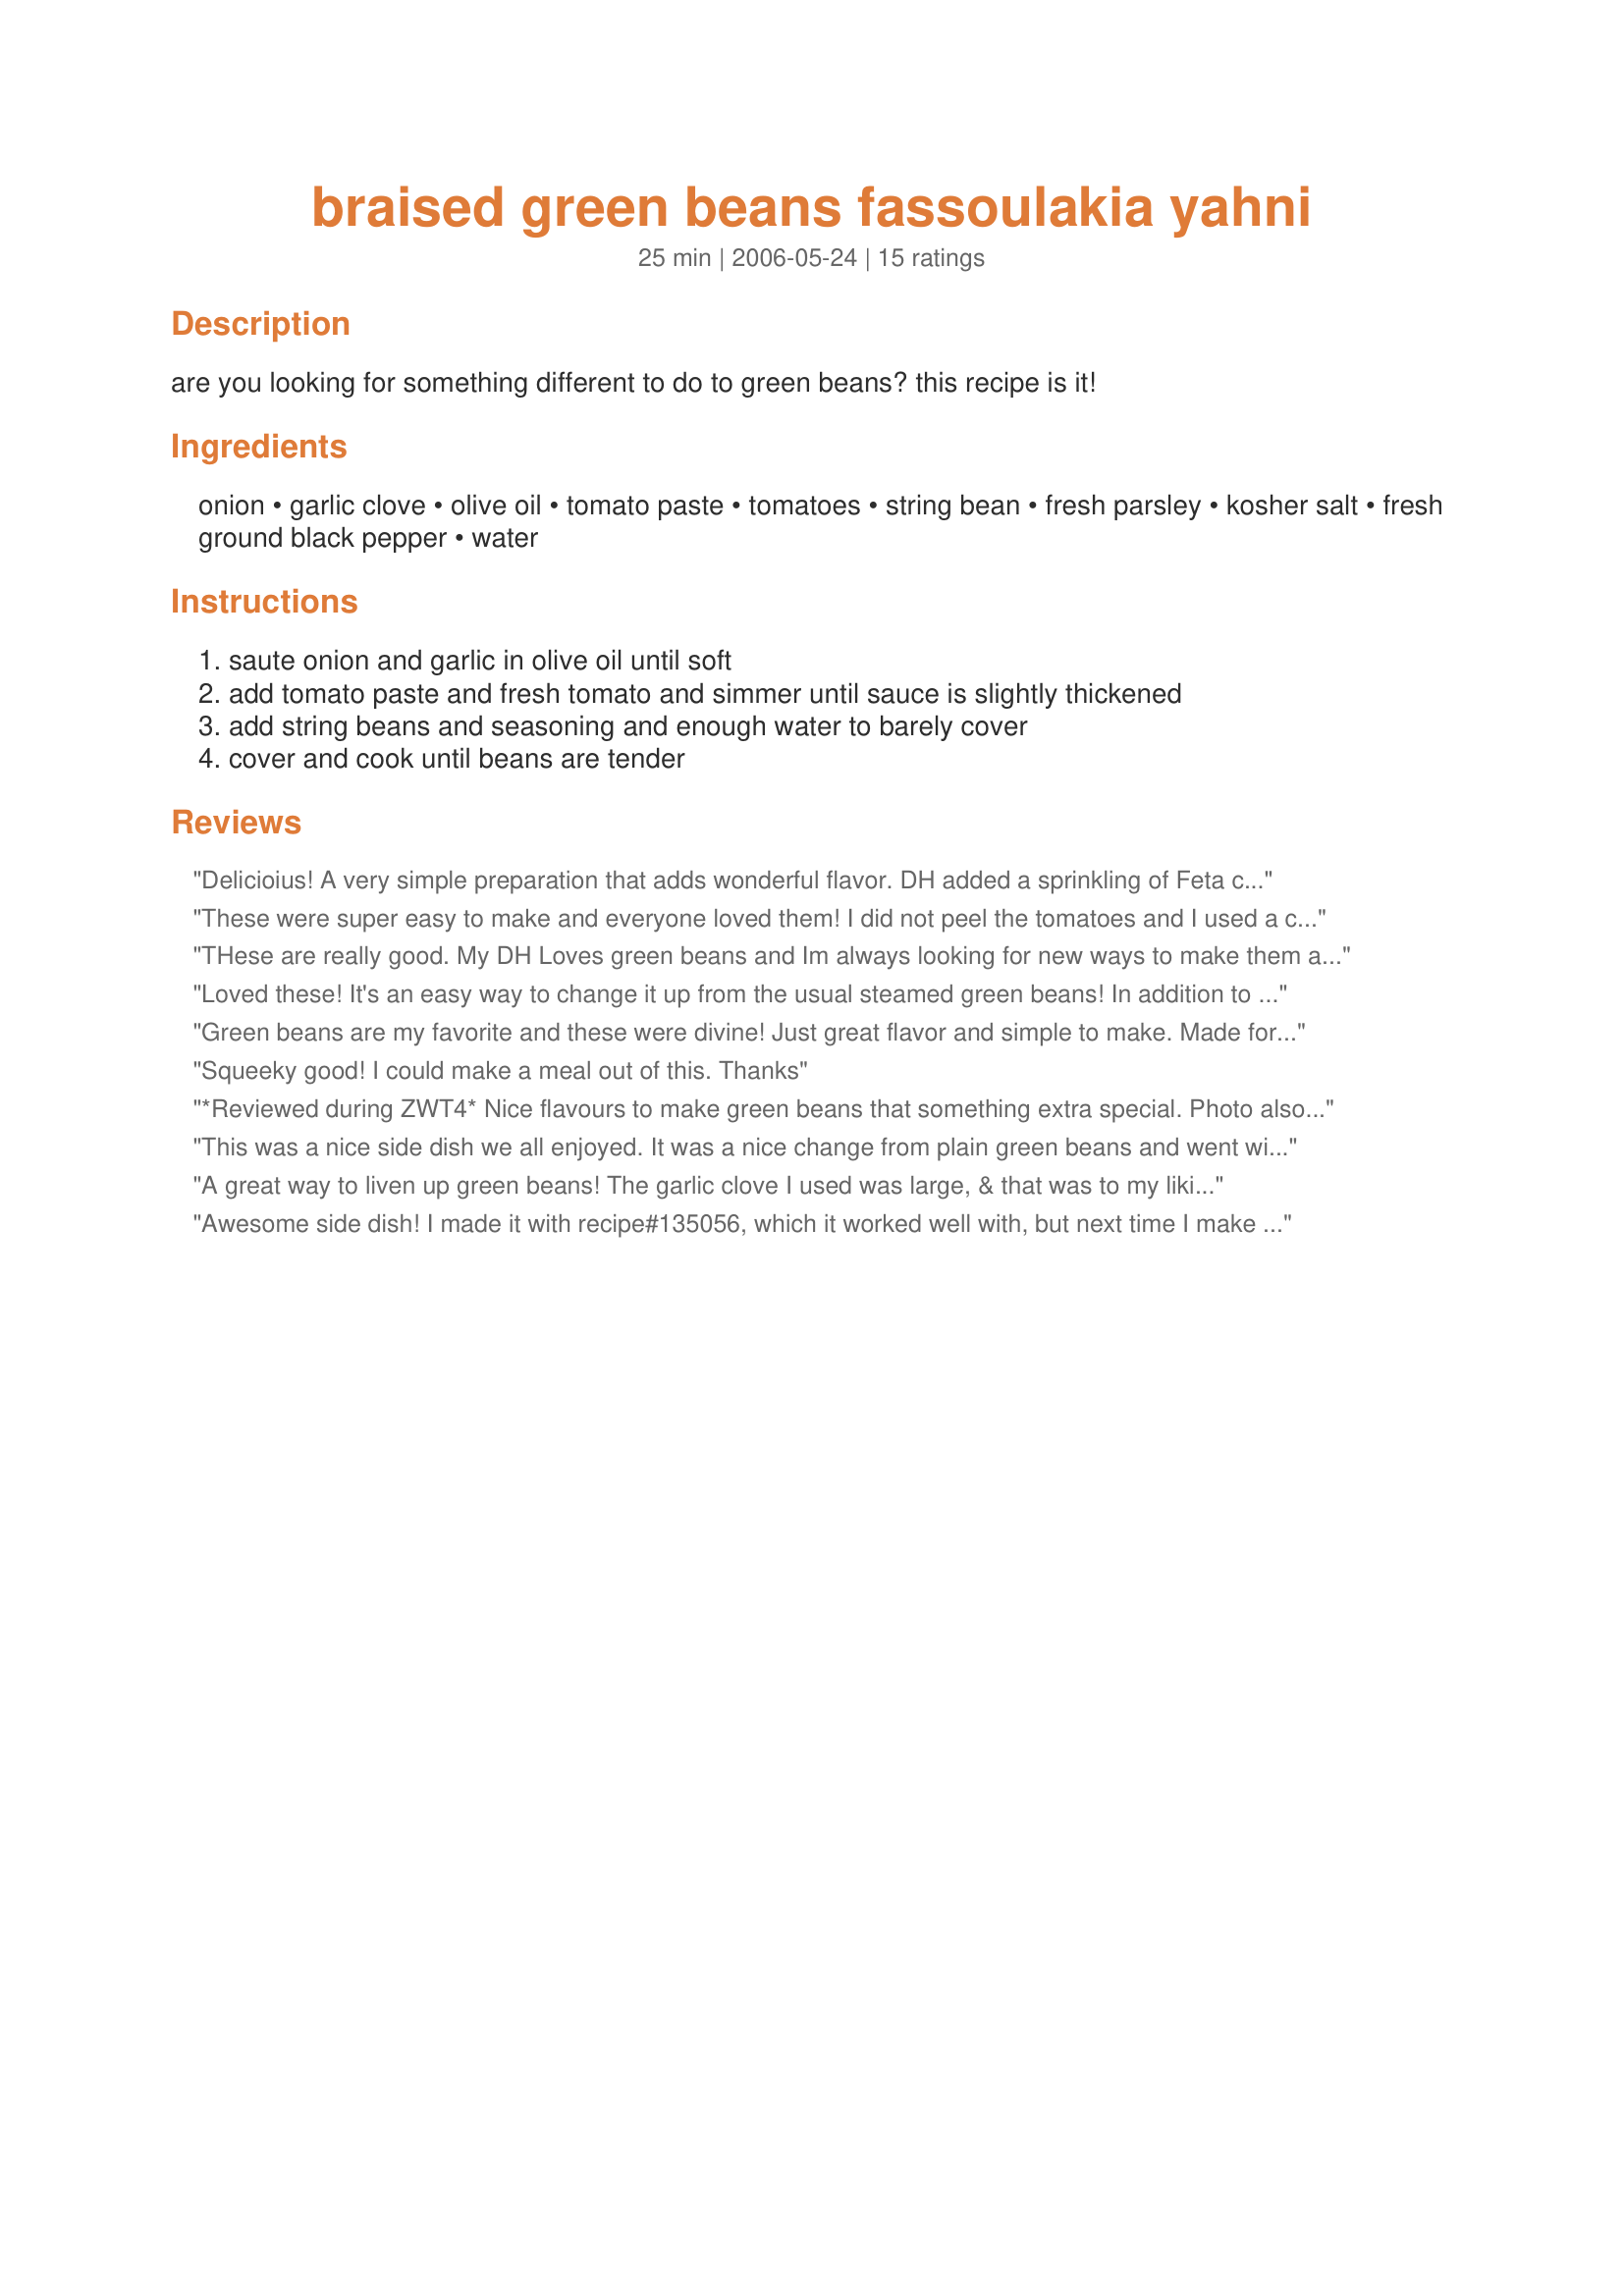
braised green beans fassoulakia yahni
Preparation time: 25 minutes

are you looking for something different to do to green beans? this recipe is it!

Ingredients:
onion, garlic clove, olive oil, tomato paste, tomatoes, string bean, fresh parsley, kosher salt, fresh ground black pepper, water

Steps:
saute onion and garlic in olive oil until soft, add tomato paste and fresh tomato and simmer until sauce is slightly thickened, add string beans and seasoning and enough water to barely cover, cover and cook until beans are tender

Reviews:
Delicioius! A very simple preparation that adds wonderful flavor. DH added a sprinkling of Feta cheese to his serving and came back for more. Thanks Susie D!
These were super easy to make and everyone loved them! I did not peel the tomatoes and I used a combination of fresh mint and parsley. Next time I may add extra tomato paste. Super great recipe! :) Thanks Susie!
THese are really good. My DH Loves green beans and Im always looking for new ways to make them and this was a winner!!!! I didnt have fresh parsley or mint so had to use dried parsley and omitted the mint NEXT time I will add fresh of both!!Thanks for posting!!!
Loved these! It's an easy way to change it up from the usual steamed green beans! In addition to the fresh parsley, I also added some fresh oregano. Excellent! Made for Culinary Quest 2016.
Green beans are my favorite and these were divine! Just great flavor and simple to make. Made for ZWT4 and the Tastebud Tickling Travellers.
Squeeky good! I could make a meal out of this. Thanks
*Reviewed during ZWT4* Nice flavours to make green beans that something extra special. Photo also to be posted
This was a nice side dish we all enjoyed. It was a nice change from plain green beans and went will with the grilled pork chops I served them with. Made for Culinary Quest 3
A great way to liven up green beans! The garlic clove I used was large, & that was to my liking! I also liked the idea of adding some feta, but made it available on the side for those who wanted it (most did)! Thanks for posting your recipe! [Made & reviewed while in Greece on the Zaar World Tour 4]
Awesome side dish! I made it with recipe#135056, which it worked well with, but next time I make this I'm going to use it as a side for grilled meat--it will be wonderful served that way! I loved this, and the flavors, Thanks, Susie! Made for ZWT4
Awesome green beans, and easy to make. I did use green onions instead of one large onion, a couple cloves of garlic, and fresh parsley instead of mint. Thank you for posting this great recipe Susie, Happy Birthday!!!
Such a simple and tasty way to make green beans a little different. Served with Greek-style lamb shanks and rice with spinach and feta.
Not having fresh beans, I used some frozen baby beans. I microwaved them in the microwave until almost done while I cooked the garlic and onion. They were then added to the onion/tomato mixture and finished cooking. The mint adds a nice fresh taste to the dish. Delicious!
A great recipe.I love all dishes with fersh vegetables.There are tasty and healthy. A terrific combination! 
I also added fresh zucchinies (by the end)and more parsley. I cooked for 2 hours because I liked them very tender!!!
I enjoyed my beans with feta and a lot of bread for the super sauce!A cold beer made things perfect! Thanks very much Susie!

We loved these green beans! great flavour and quick and easy too. I think I probably put a little too much water in but I cooked it down and they came out lovely, still a bit crunchy, the way we like them. I used fresh parsley but didn't bother to peal the tomato and just used 1 teaspoon of olive oil. Beautiful side dish, nice colour, thanks for posting , we will be making these again.
